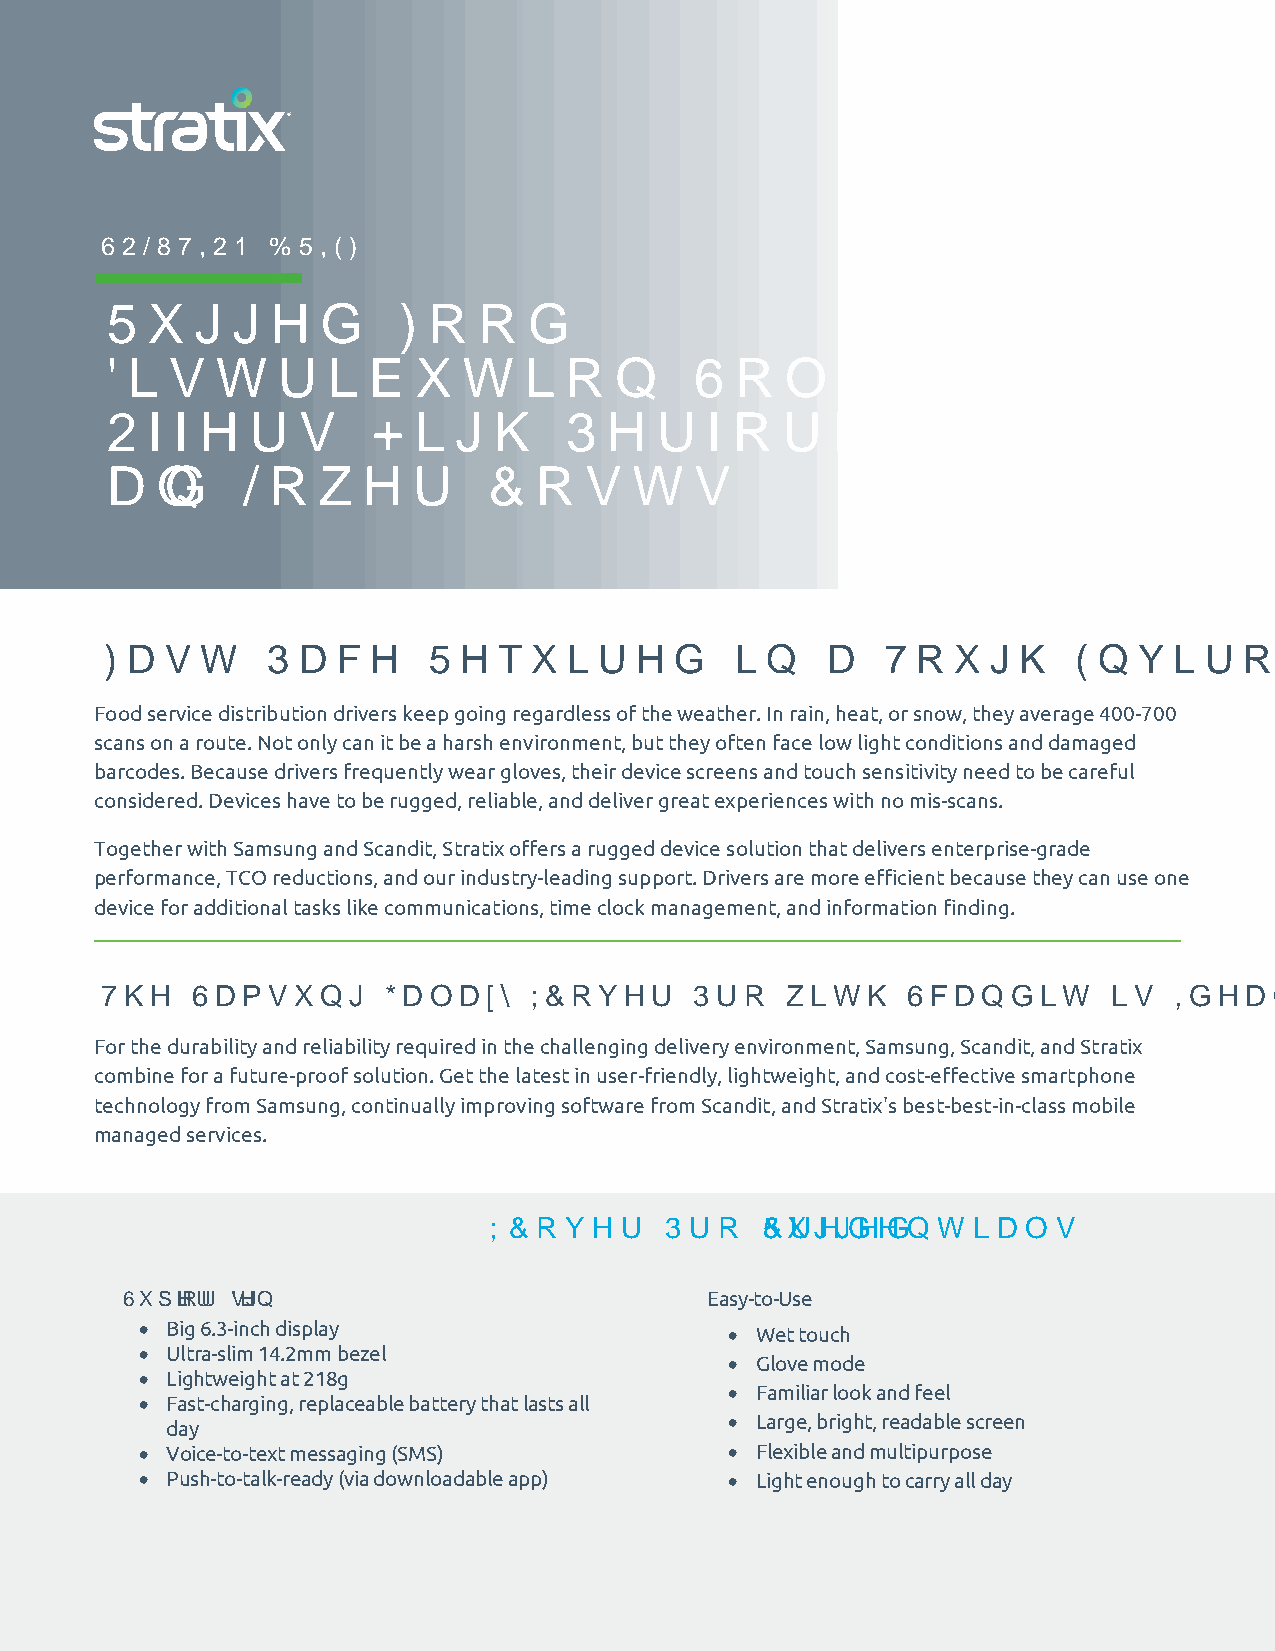
SOLUTION BRIEF:
 All-Weather         Mobile
 Device      Solution      for
 Airline    Ground       Support
 Operations
 The  Show   Must   Go  On
 Like the post office, neither snow, nor rain, nor heat can keep airline ground operations workers from their appointed
 rounds. Regardless of the elements, they're outside loading baggage, servicing the aircraft, and refueling.
 For maximum efficiency and productivity, most ground crew workers carry a mobile device for things like scanning
 luggage tags, cargo, and completing checklists. But under the wing is a very harsh environment for mobile devices.
 It's not just the weather. Frequent drops, vibration, temperature changes, and possible exposure to fluids like oil and
 jet fuel are constant concerns.
 Together with Samsung, Stratix offers an enterprise-grade rugged device solution that's up to the challenge. It
 combines brawny dependability and ease of use with our industry-leading support.
 The Samsung   Galaxy XCover  Pro is Ideal for Ground Operations
 For the durability required in the harsh airline ground support environment, Samsung has developed the Galaxy
 XCover Pro. It's not just tough. It's user-friendly, lightweight, and cost-effective.
 Rugged Credentials
 IP68 water and dust-resistant standards MIL-STD-810G certified durability by U.S. military
 • 30 minutes underwater at a depth of 1.5 meters standards
 • Coated with ice for more than 6 hours • 1.5-meter anti-shock drop test – 26 times
 • Three continuous 24-hour cycles solar radiation • 6 hours vibration testing
 (effects of sunlight and heat)       • 15,000-feet atmospheric pressure
 • 4 inches of blowing rain for 30 minutes • Extreme cold operating at -4 F and stored
 • 24 hours of salt fog                   at -40 F
 • Fine dust on face for 12 hours